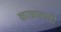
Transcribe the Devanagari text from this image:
काळालाही